Papers set at the Examination for Leaving Certificates, 1891
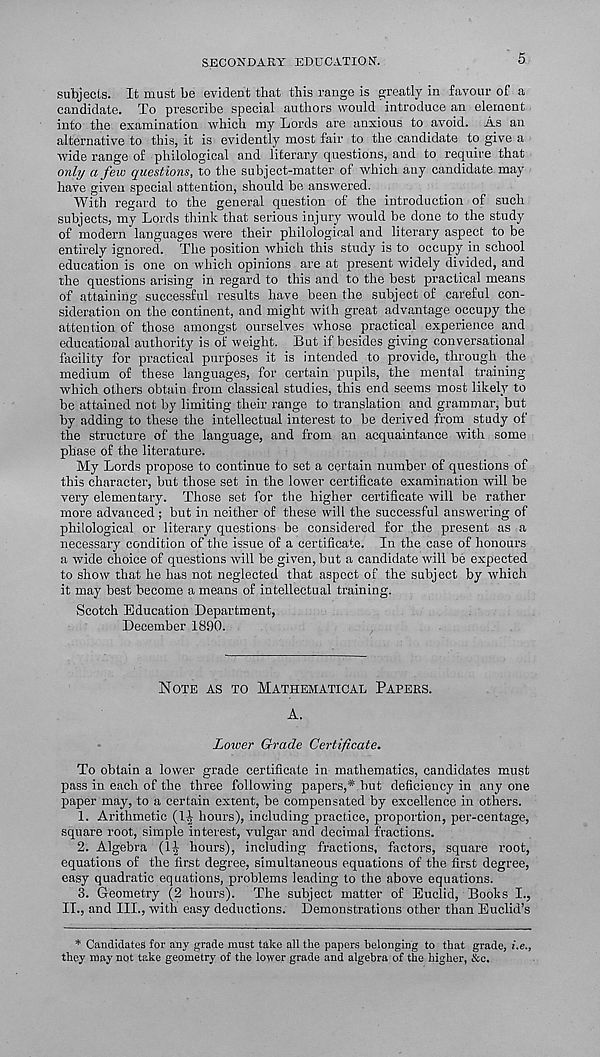
SECONDARY EDUCATION.
5
subjects. It must be evident that this range is greatly in favour of a
candidate. To prescribe special authors would introduce an element
into the examination which my Lords are anxious to avoid. As an
alternative to this, it is evidently most fair to the candidate to give a
wide range of philological and literary questions, and to require that
only a few questions, to the subject-matter of which any candidate may
have given special attention, should be answered.
With regard to the general question of the introduction of such
subjects, my Lords think that serious injury would be done to the study
of modern languages were their philological and literary aspect to be
entirely ignored. The position which this study is to occupy in school
education is one on which opinions are at present widely divided, and
the questions arising in regard to this and to the best practical means
of attaining successful results have been the subject of careful con-
sideration on the continent, and might with great advantage occupy the
attention of those amongst ourselves whose practical experience and
educational authority is of weight. Lut if besides giving conversational
facility for practical purposes it is intended to provide, through the
medium of these languages, for certain pupils, the mental training
which others obtain from classical studies, this end seems most likely to
be attained not by limiting their range to translation and grammar, but
by adding to these the intellectual interest to be derived from study of
the structure of the language, and from an acquaintance with some
phase of the literature.
My Lords propose to continue to set a certain number of questions of
this character, but those set in the lower certificate examination will be
very elementary. Those set for the higher certificate will be rather
more advanced; but in neither of these will the successful answering of
philological or literary questions be considered for the present as a
necessary condition of the issue of a certificate. In the case of honours
a wide choice of questions will be given, but a candidate will be expected
to show that he has not neglected that aspect of the subject by which
it may best become a means of intellectual training.
Scotch Education Department,
December 1890.
NOTE AS TO MATHEMATICAL PAPERS.
A.
Lower Grade Certificate.
To obtain a lower grade certificate in mathematics, candidates must
pass in each of the three following papers,*.but deficiency in any one
paper may, to a certain extent, be compensated by excellence in others.
1. Arithmetic (1^ hours), including practice, proportion, per-centage,
square root, simple interest, vulgar and decimal fractions.
2. Algebra (1^ hours), including fractions, factors, square root,
equations of the first degree, simultaneous equations of the first degree,
easy quadratic equations, problems leading to the above equations.
3. Geometry (2 hours). The subject matter of Euclid, Books I.,
II., and III., with easy deductions. Demonstrations other than Euclid’s
* Candidates for any grade must take all the papers belonging to that grade, i.e.,
they may not take geometry of the lower grade and algebra of the higher, &c.